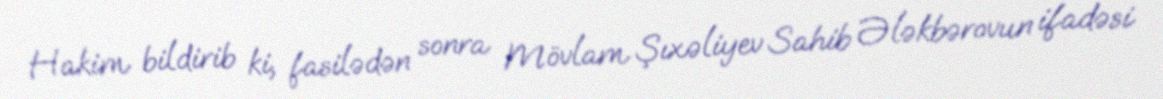
Hakim bildirib ki, fasilədən sonra Mövlam Şıxəliyev Sahib Ələkbərovun ifadəsi